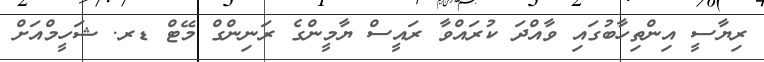
ރިޔާސީ އިންތިހާބުގައި ވާއްދަ ކުރައްވާ ރައީސް ޔާމީންގެ ރަނިންގް މޭޓް ޑރ. ޝަހީމްއަށް